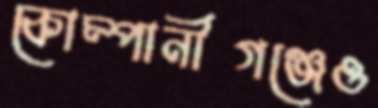
কোম্পানীগঞ্জেও